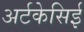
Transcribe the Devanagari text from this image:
अर्टकेसिई